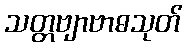
သတ္တဗျာဗာဓသုတ်